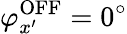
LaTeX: \varphi_{x^{\prime}}^{\mathrm{{OFF}}}=0^{\circ}